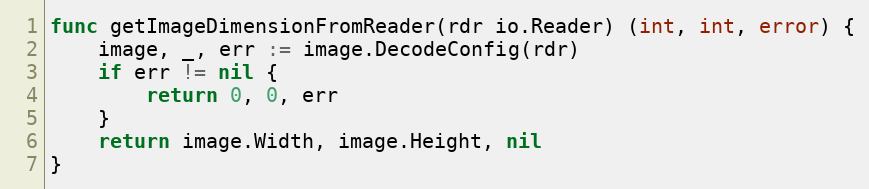
Language: Go
func getImageDimensionFromReader(rdr io.Reader) (int, int, error) {
	image, _, err := image.DecodeConfig(rdr)
	if err != nil {
		return 0, 0, err
	}
	return image.Width, image.Height, nil
}